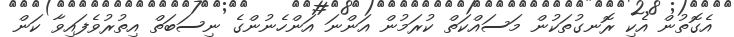
އެގޮތުން އެކި ރޮނގުތަކުން މަސައްކަތް ކުރަމުން އަންނަ އަންހެނުންގެ ނިސަބަތް އިތުރުވެފައިވާ ކަން